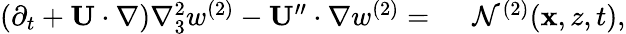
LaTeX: \begin{array}{rl}{(\partial_{t}+\mathbf{U}\cdot\nabla)\nabla_{3}^{2}w^{(2)}-\mathbf{U}^{\prime\prime}\cdot\nabla w^{(2)}=~}&{{}\mathcal{N}^{(2)}(\mathbf{x},z,t),}\end{array}